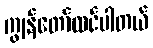
ကျွန်တော်ထင်ပါတယ်